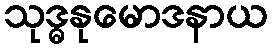
သုဒ္ဓနုမောဒနာယ